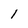
Character: l